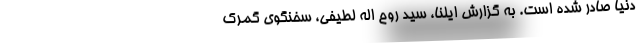
دنیا صادر شده است. به گزارش ایلنا، سید روح اله لطیفی، سخنگوی گمرک